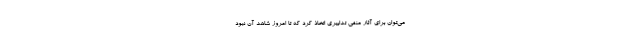
می‌توان برای آثار منفی تدابیری اتخاذ کرد که تا امروز شاهد آن نبود